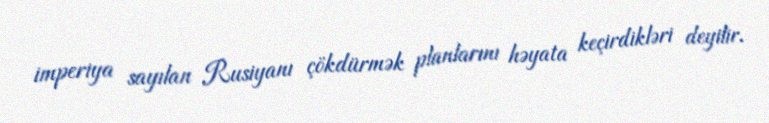
imperiya sayılan Rusiyanı çökdürmək planlarını həyata keçirdikləri deyilir.